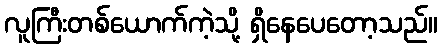
လူကြီးတစ်ယောက်ကဲ့သို့ ရှိနေပေတော့သည်။